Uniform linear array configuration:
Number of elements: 48
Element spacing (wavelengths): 0.75
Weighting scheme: uniform
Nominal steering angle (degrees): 30
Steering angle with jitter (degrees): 31.284
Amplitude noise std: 0.05
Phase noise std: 0.05

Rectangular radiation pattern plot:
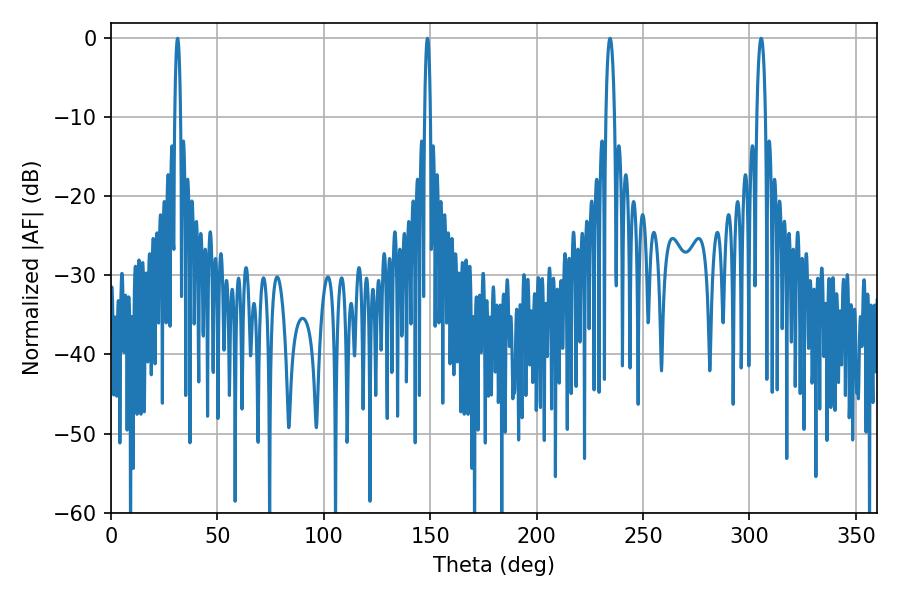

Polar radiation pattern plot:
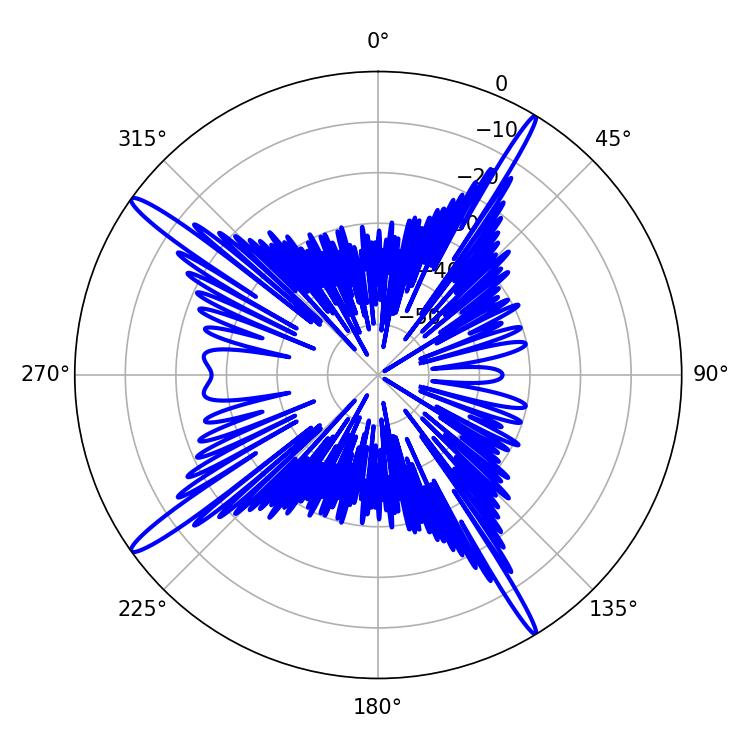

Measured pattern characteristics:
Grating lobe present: TRUE
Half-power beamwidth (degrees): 1.44
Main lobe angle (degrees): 148.68